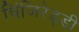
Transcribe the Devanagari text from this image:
चिंजिरेड्डी